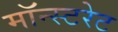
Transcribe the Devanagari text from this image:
मॉन्स्टरेट